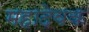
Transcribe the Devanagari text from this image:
महादेवक